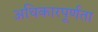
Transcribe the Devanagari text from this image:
अधिकारपूर्णता